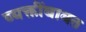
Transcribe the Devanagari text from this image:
व्यक्तींबाबत